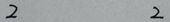
2 2